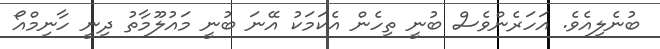
ބުނެލިއެވެ. އަހަރެންވެސް ބުނީ ތިހެން އެކަމަކު އޭނަ ބުނީ މައުލޫމާތު ދިނީ ހާނިމްއޯ